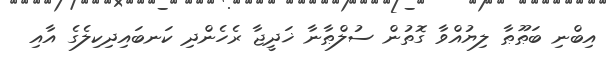
އިބްނި ބަޠޫޠާ ލިޔުއްވާ ގޮތުން ސުލްޠާނާ ޚަދީޖާ ރެހެންދި ކަނބައިދިކިލެގެ އާއި